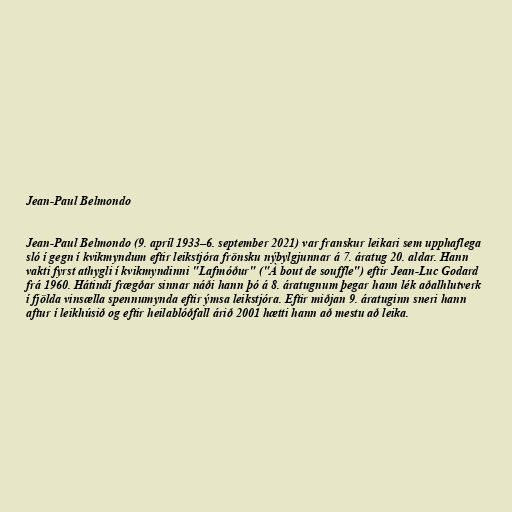
Jean-Paul Belmondo

Jean-Paul Belmondo (9. apríl 1933–6. september 2021) var franskur leikari sem upphaflega
sló í gegn í kvikmyndum eftir leikstjóra frönsku nýbylgjunnar á 7. áratug 20. aldar. Hann
vakti fyrst athygli í kvikmyndinni "Lafmóður" ("À bout de souffle") eftir Jean-Luc Godard
frá 1960. Hátindi frægðar sinnar náði hann þó á 8. áratugnum þegar hann lék aðalhlutverk
í fjölda vinsælla spennumynda eftir ýmsa leikstjóra. Eftir miðjan 9. áratuginn sneri hann
aftur í leikhúsið og eftir heilablóðfall árið 2001 hætti hann að mestu að leika.